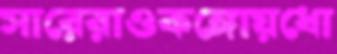
সারেরাওকঙ্গোয়ধো